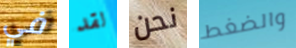
في لقد نحن والضغط